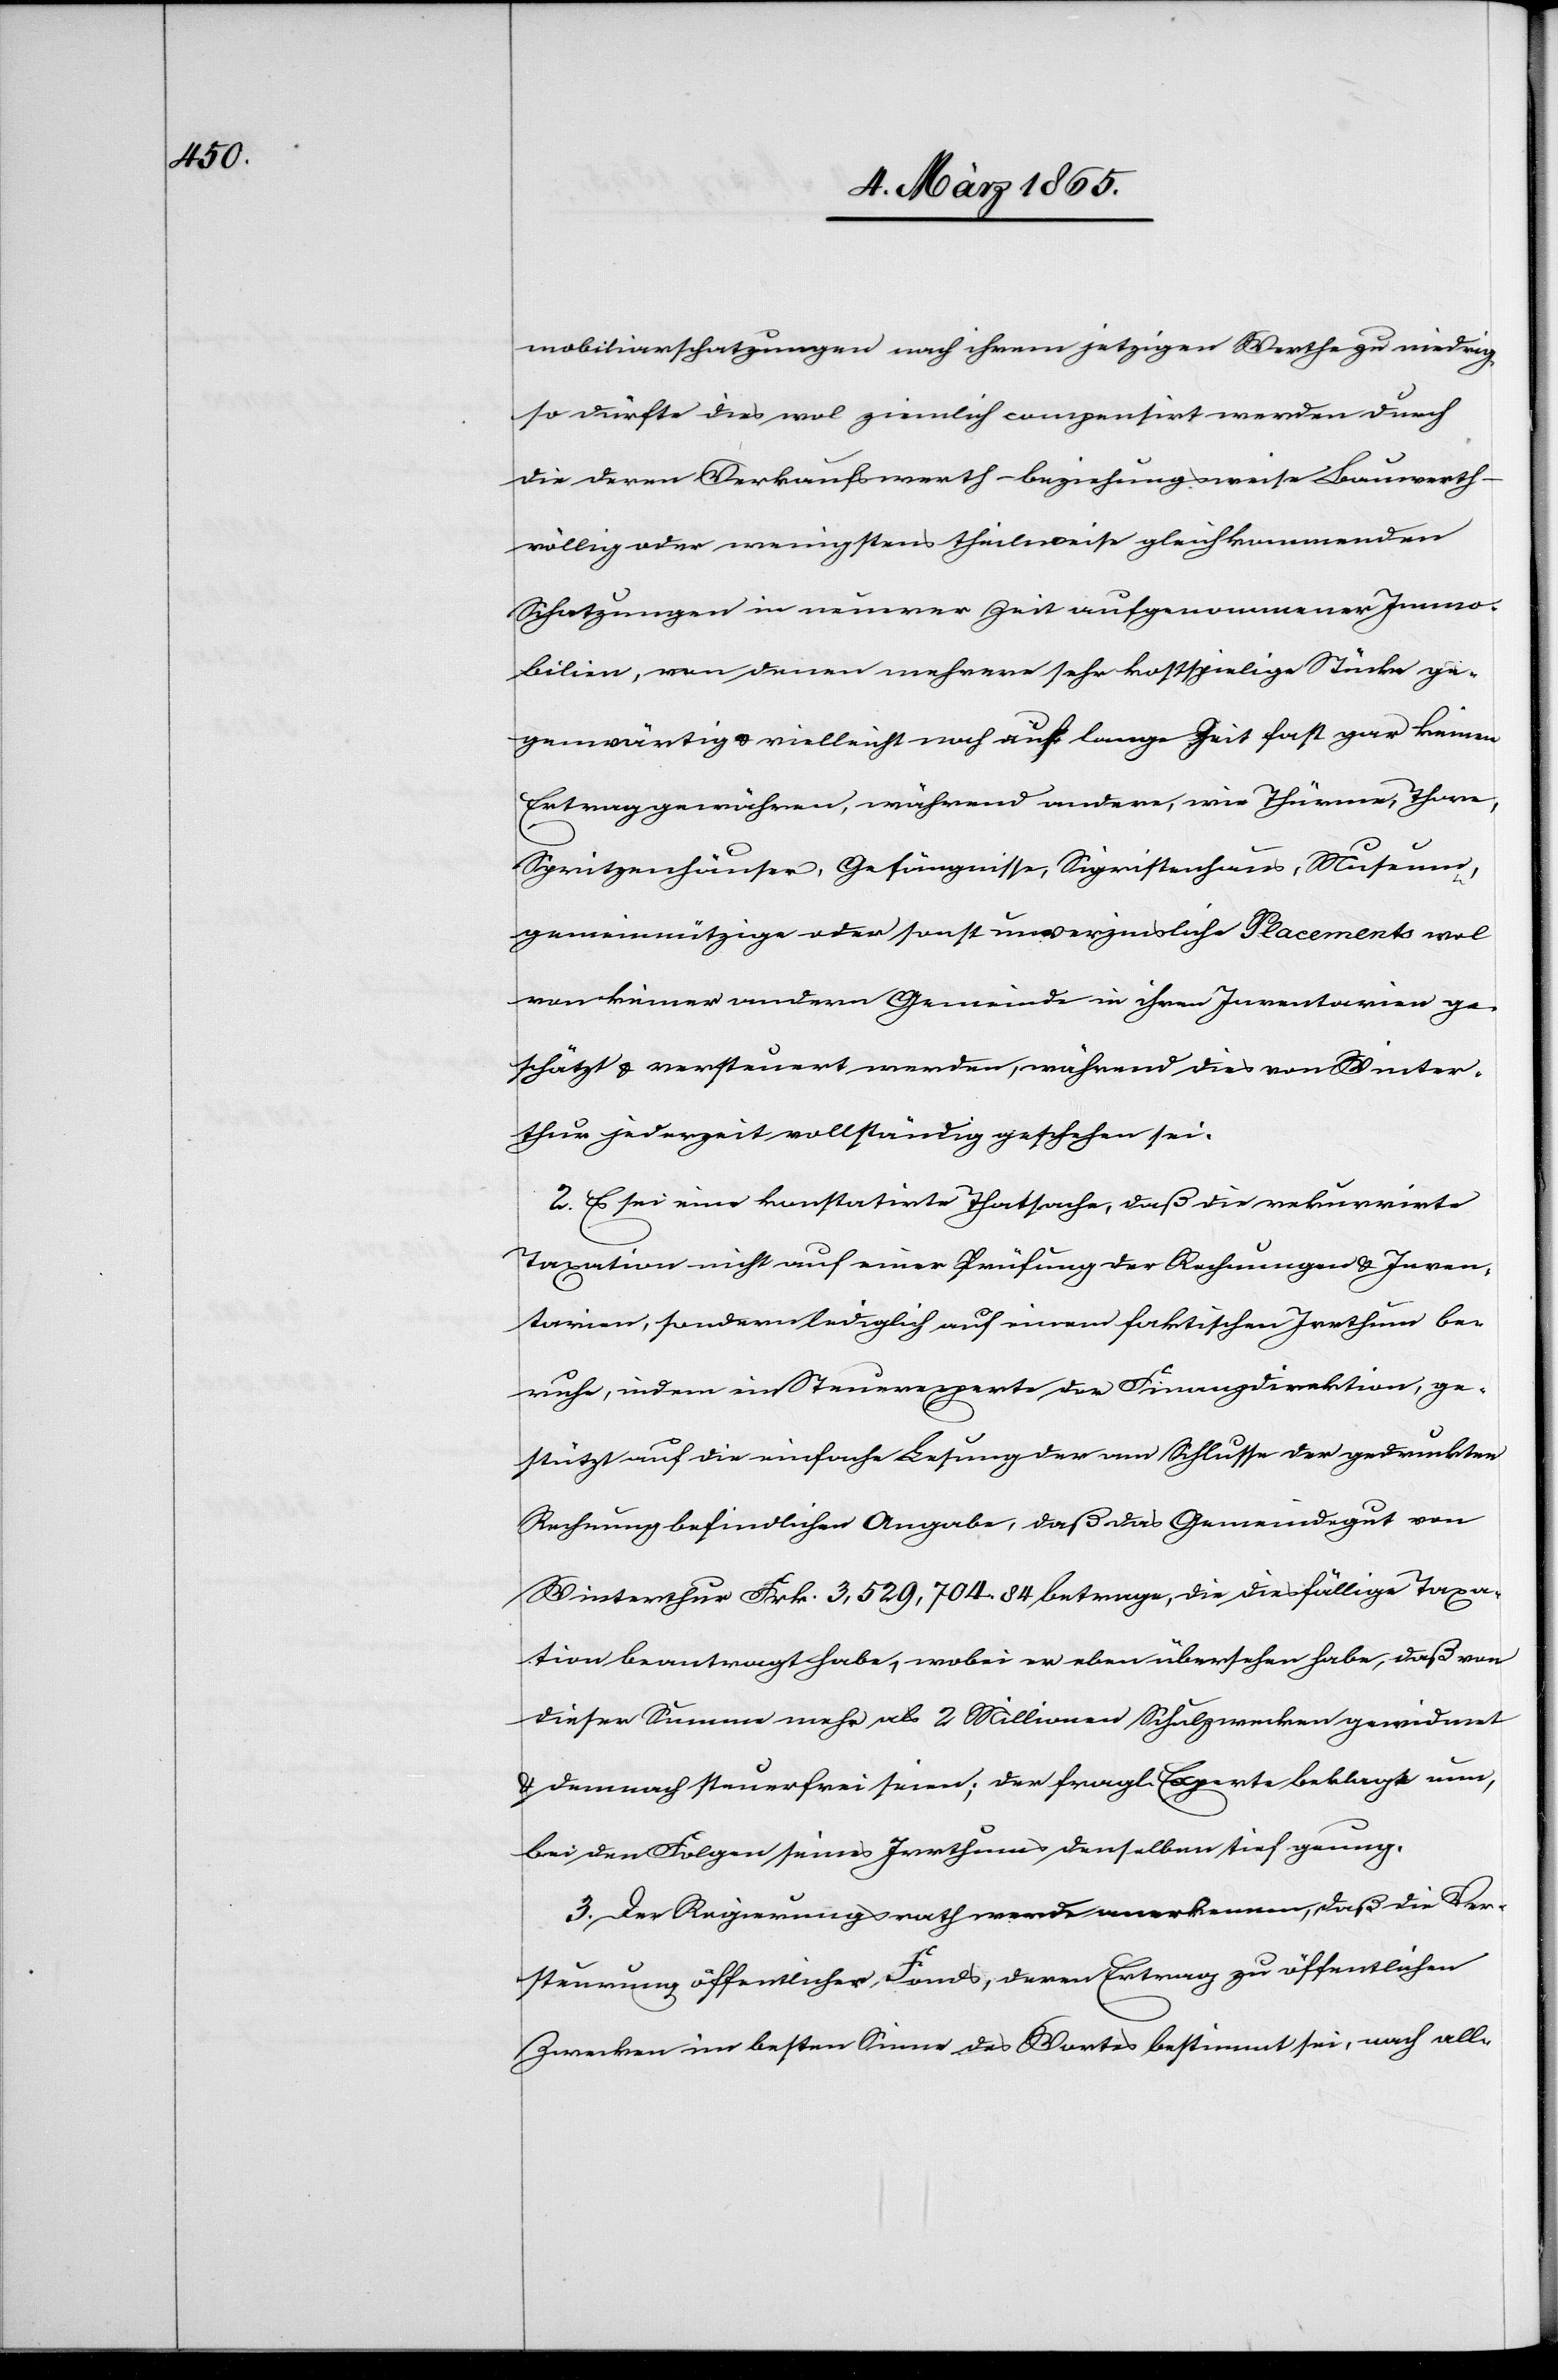
mobiliarschatzungen nach ihrem jetzigen Werthe zu niedrig,
so dürfte dies wol ziemlich compensirt werden durch
die deren Verkaufswerth – beziehungsweise Bauwerth
völlig oder wenigstens theilweise gleichkommenden
Schatzungen in neuerer Zeit aufgenommener Immo¬
bilien, von denen mehrere sehr kostspielige Stücke ge¬
genwärtig u. vielleicht noch auf lange Zeit fast gar keinen
Ertrag gewähren, während andere, wie Thürme, Thore,
Spritzenhäuser, Gefängnisse, Sigristenhaus, Museum,
gemeinnützige oder sonst unverzinsliche Placements wol
von keiner andern Gemeinde in ihren Inventarien ge¬
schätzt u. versteuert werden, während dies von Winter¬
thur jederzeit vollständig geschehen sei.
2. Es sei eine konstatirte Thatsache, daß die rekurrirte
Taxation nicht auf einer Prüfung der Rechnungen u. Inven¬
tarien, sondern lediglich auf einem faktischen Irrthum be¬
ruhe, indem ein Steuerexperte der Finanzdirektion, ge¬
stützt auf die einfache Lesung der am Schlusse der gedruckten
Rechnung befindlichen Angabe, daß das Gemeindegut von
Winterthur Frk. 3,529,704. 84 betrage, die diesfällige Taxa¬
tion beantragt habe, wobei er eben übersehen habe, daß von
dieser Summe mehr als 2 Millionen Schulzwecken gewidmet
u. demnach steuerfrei seien; der fragl. Experte beklagte nun,
bei den Folgen seines Irrthums denselben tief genug.
3. Der Regierungsrath werde anerkennen, da die Ver¬
steurung öffentlicher Fonds, deren Ertrag zu öffentlichen
Zwecken im besten Sinne des Wortes bestimmt sei, nach all-